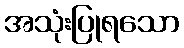
အသုံးပြုရသော